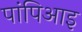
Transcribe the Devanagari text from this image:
पांपिआइ